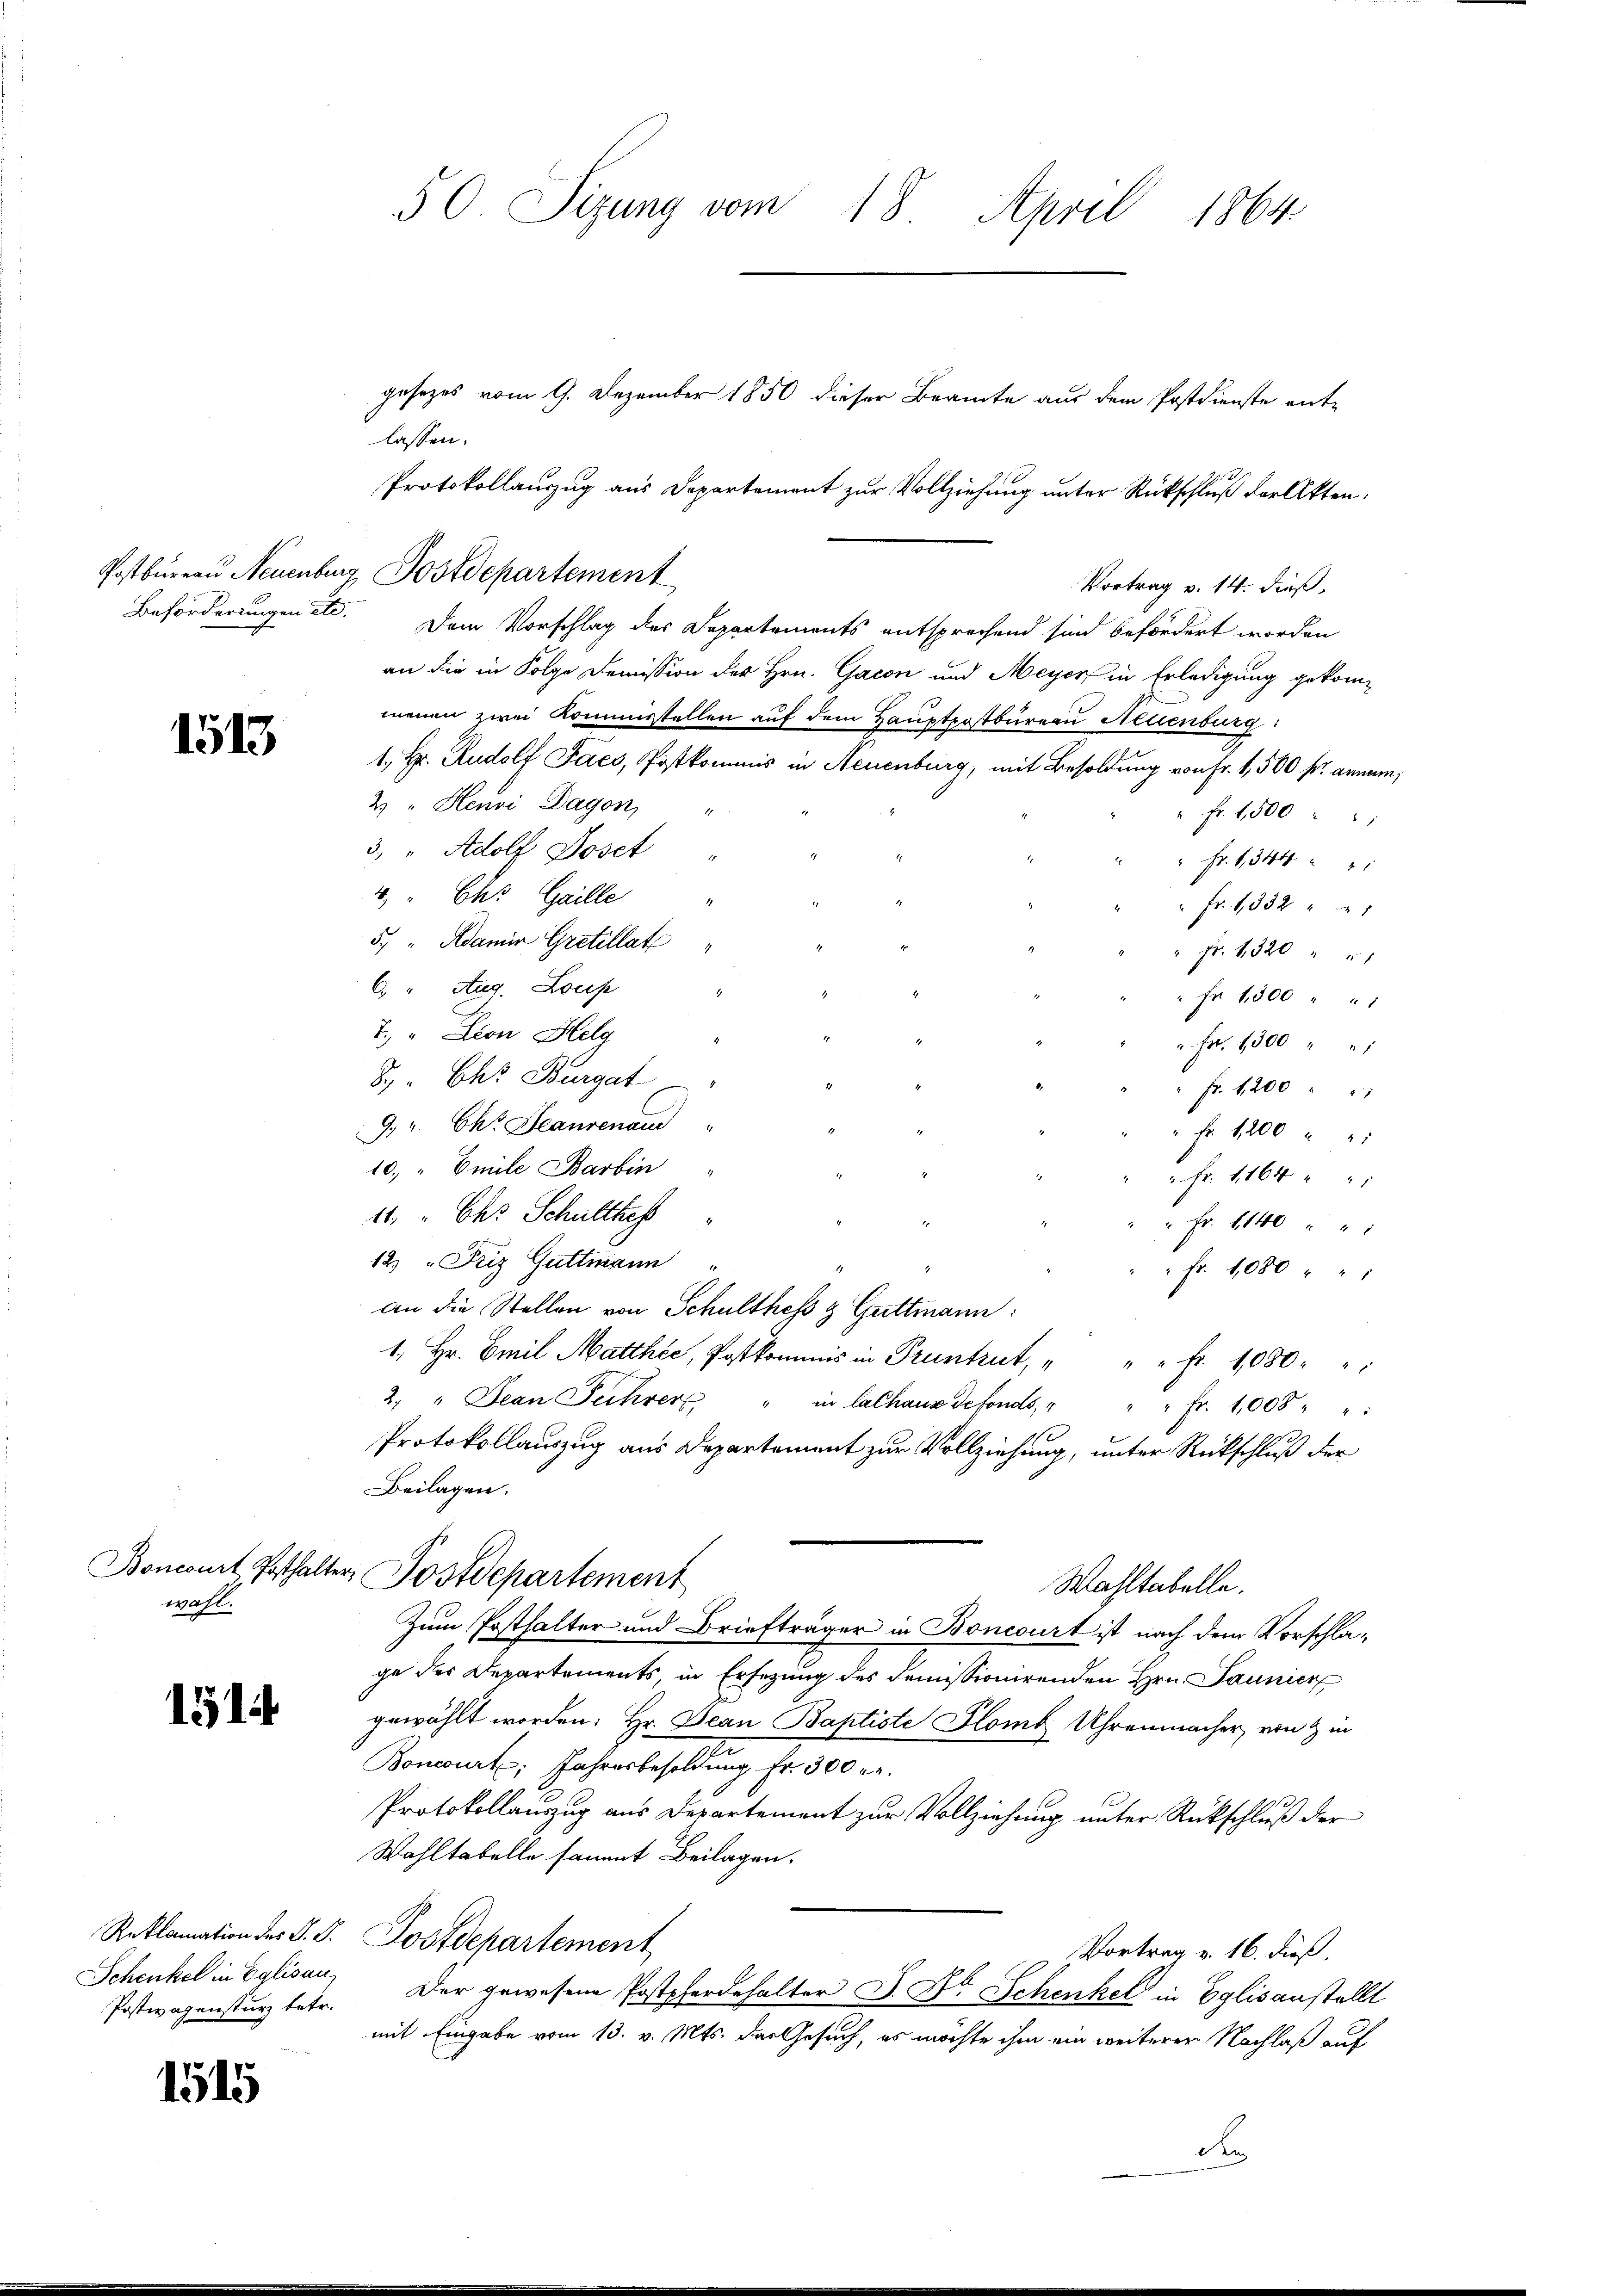
1513

wahl.

1514

Schenkel in Eglisau,

1515

gesezes vom 9. Dezember 1850 dieser Bramte aus dem Postdienste ent-
lassen.
Protokollauszug aus Departement zur Vollziehung unter Rückschluß der Akten.
Vortrag v. 14. dieß,
Beförderungen etc. Dem Vorschlag des Departements entsprechend sind befördert worden
an die in Folge Demission der Hrn. Gacon und Meyer in Erledigung gekommenen zwei Kommisstellen auf dem Hauptpostbureau Neuenburg:
1, Hr. Rudolf Jaes, Postkommnis in Neuenburg, mit Besoldung von Fr. 1,500 fr. annum,
2) " Henni Dagon
" Fr. 1,500 " "
3. " Adolf Joset
" " Fr. 6, 344
4. " Chr Gaille
" Fr. 1332 "
5. " Adamin Gretillat
" Fr. 1320 " 1
6. " Aug. Loup
.
" Fr. 1300 " " 1
7. " Lion Helg
17.
" Fr. 1300 " "
8. Chr. Burgat
" Fr. 1200 " "
9. v. Chr. Beaurenau
" Fr. 1200
10," Emile Barbin
" Fr. 1164 " "
14. " Ch. Schulthes
" Fr. 1140 "
12 " Friz Guttmann
" Fr. 1080 " "
an die Stellen von Schulthes & Guttmann:
1. Hr. Emil Matthie, Postkommis in Pruntrut, " " " fr. 1080. "
2. " Jean Fehrer " in lalhaus defonds, " " " fr. 1008 " "
Protokollauszug aus Departement zur Vollziehung, unter Rückschluß der
Beilagen.
Boncourt Posthalter, Postdepartement
Wahltabelle.
Zum Posthalter und Briefträger in Bonwurt ist nach dem Vorschlage des Departements, in Ersezung des demissionirenden Hrn. Paunier
gewählt worden: Hr. Jean Baptiste Glomb Uhrenmacher, von & in
Boncourt, Jahresbesoldung Fr. 300 r.
Protokollauszug aus Departement zur Vollziehung unter Rückschluß der
Wahltabelle sammt Beilagen.
Reklamation der S. S. Postdepartement
Vortrag v. 16. dieß,
Postwagensturz betr. Der gewesene Postpferdehalter J. Dr. Schenkel in Eglisanstellt
mit Eingabe vom 13. v. Mts. das Gesuch, es möchte ihm ein weiterer Nachlaß auf
d

50. Sizung vom 18. April 1864.

Postbureau Neuenburg Postdepartement